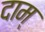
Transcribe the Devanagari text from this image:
दाम्